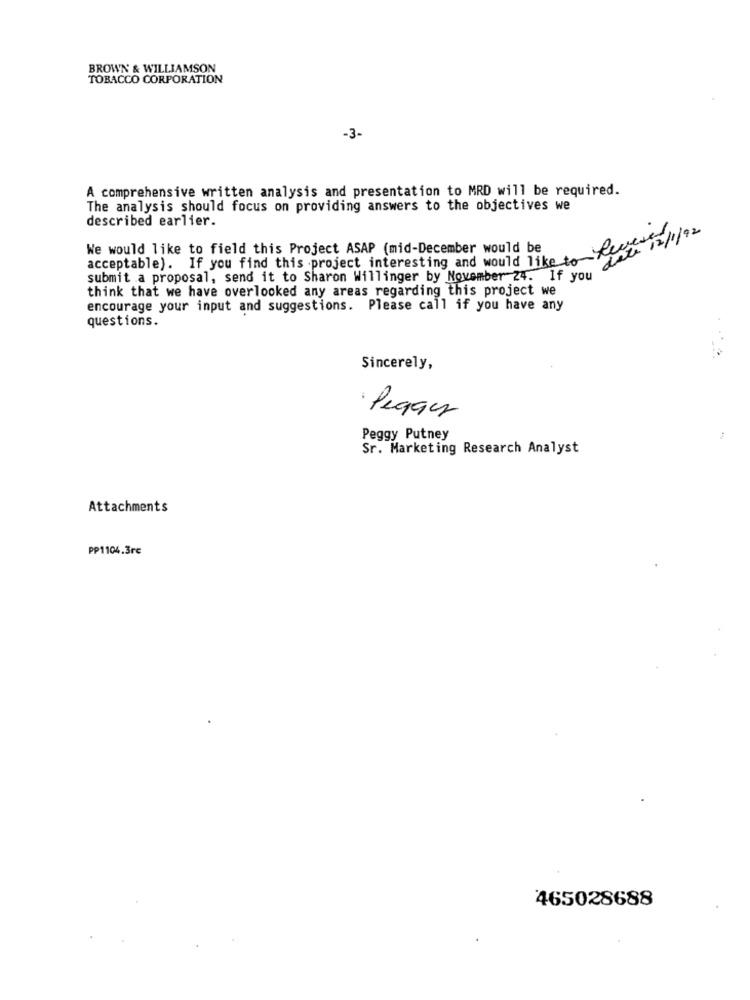
BROWN & WILLIAMSON
TOBACCO CORPORATION
-3-
A comprehensive written analysis and presentation to MRD will be required.
The analysis should focus on providing answers to the objectives we
described earlier.
date 12/1/92
We would like to field this Project ASAP (mid-December would be
acceptable). If you find this project interesting and would like to Ret
submit a proposal, send it to Sharon Willinger by November 24. If you
think that we have overlooked any areas regarding this project we
encourage your input and suggestions. Please call if you have any
questions.
Sincerely,
· legger
Peggy Putney
Sr. Marketing Research Analyst
Attachments
PP1104.3rc
465028688